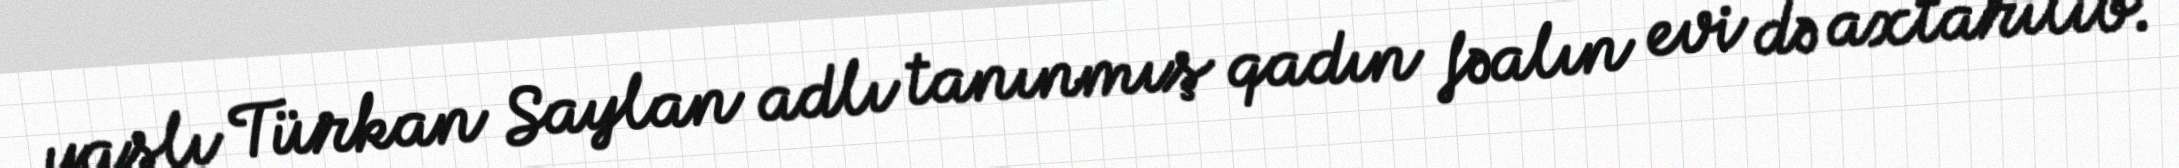
yaşlı Türkan Saylan adlı tanınmış qadın fəalın evi də axtarılıb.